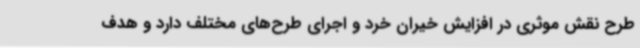
طرح نقش موثری در افزایش خیران خرد و اجرای طرح‌های مختلف دارد و هدف